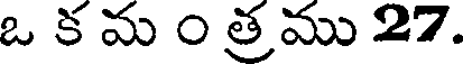
ఒ క మ ం త్ర ము 27.